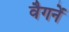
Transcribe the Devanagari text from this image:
वैगनें